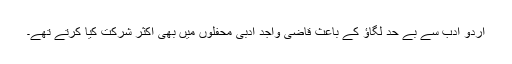
اردو ادب سے بے حد لگاؤ کے باعث قاضی واجد ادبی محفلوں میں بھی اکثر شرکت کیا کرتے تھے۔